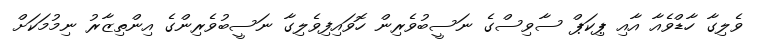
ވެލިގާ ހާޑްވެއާ އާއި ޕިކަޕް ސާވިސްގެ ނަސީބުވެރިން ހޮވައިފިވެލިގާ ނަސީބުވެރިންގެ އިންތިޒާރު ނިމުމަކަށް